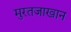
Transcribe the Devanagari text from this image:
मुरतजाखान